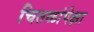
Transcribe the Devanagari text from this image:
चितळांपेक्षा